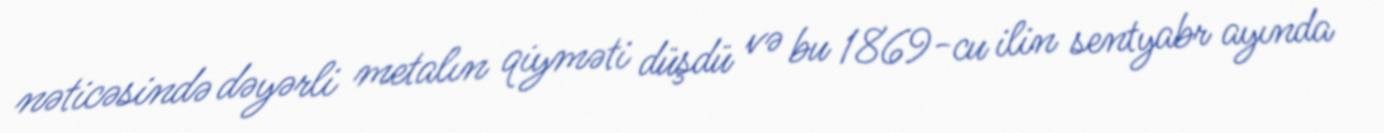
nəticəsində dəyərli metalın qiyməti düşdü və bu 1869-cu ilin sentyabr ayında